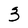
Character: 3